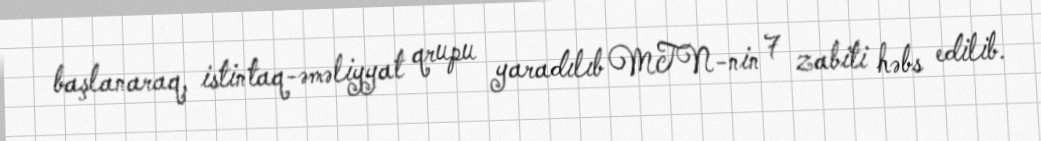
başlanaraq, istintaq-əməliyyat qrupu yaradılıb MTN-nin 7 zabiti həbs edilib.